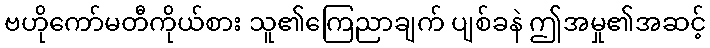
ဗဟိုကော်မတီကိုယ်စား သူ၏ကြေညာချက် ပျစ်ခနဲ ဤအမှု၏အဆင့်